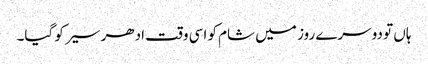
ہاں تو دوسرے روز میں شام کو اسی وقت ادھر سیر کو گیا۔